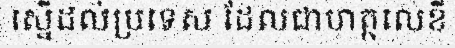
ស្នើដល់ប្រទេស ដែលជាហត្ថលេខី